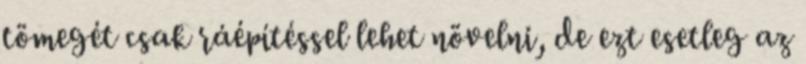
tömegét csak ráépítéssel lehet növelni, de ezt esetleg az